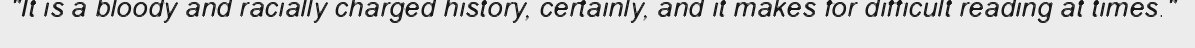
"It is a bloody and racially charged history, certainly, and it makes for difficult reading at times."